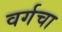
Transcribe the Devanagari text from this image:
वर्गचा